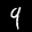
Label: 9